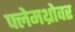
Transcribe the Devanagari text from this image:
फ्लेमथ्रोवर